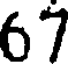
67